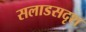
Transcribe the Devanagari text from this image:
सलाडसदृश